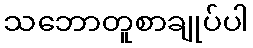
သဘောတူစာချုပ်ပါ